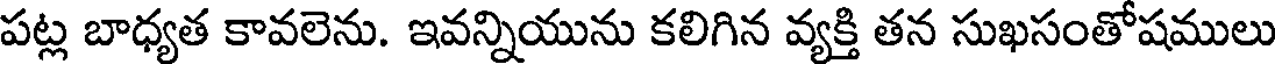
పట్ల బాధ్యత కావలెను. ఇవన్నియును కలిగిన వ్యక్తి తన సుఖసంతోషములు